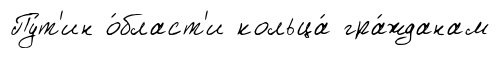
Пу́т'ин о́бласт'и кольца́ гра́жданам